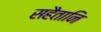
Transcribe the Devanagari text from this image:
सहैतानि